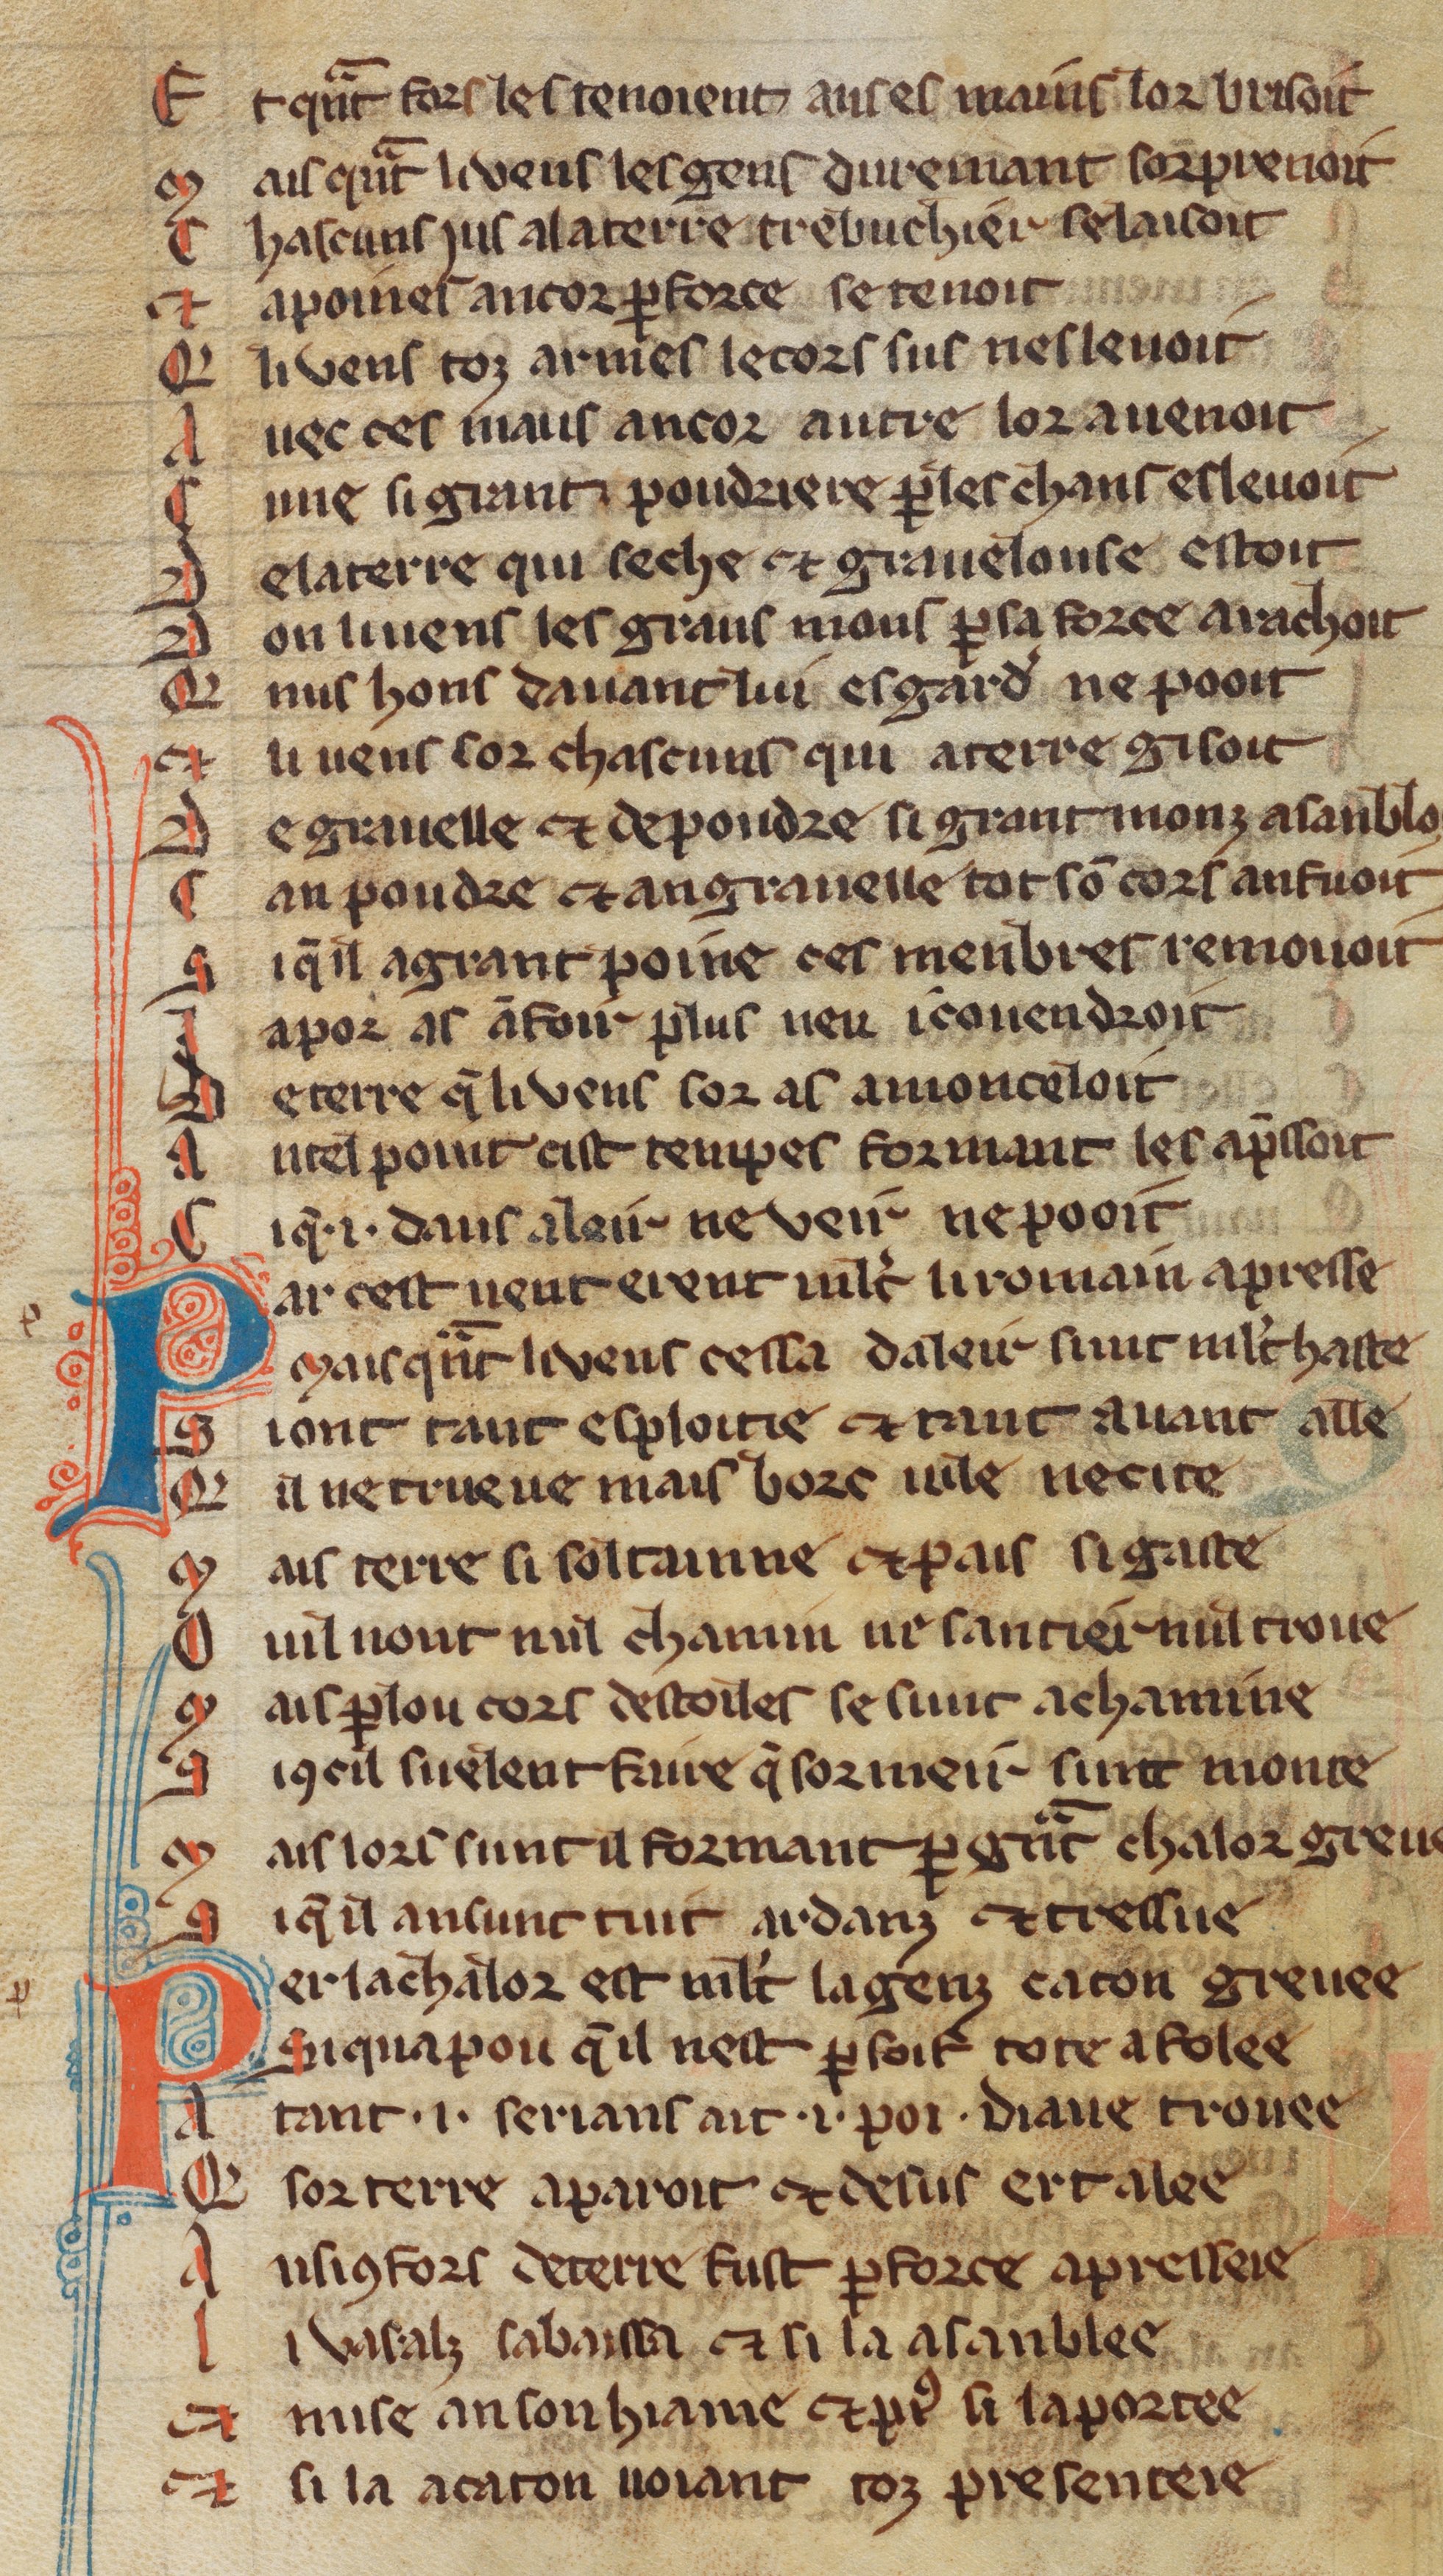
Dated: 1270–1330